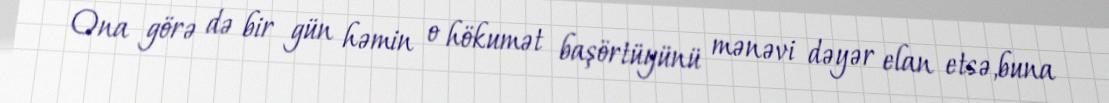
Ona görə də bir gün həmin o hökumət başörtüyünü mənəvi dəyər elan etsə,buna